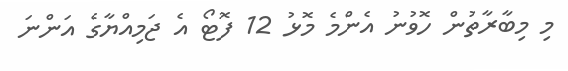
މި މިބާރާތުން ހޮވުނު އެންމެ މޮޅު 12 ފޮޓޯ އެ ޖަމިއްޔާގެ އަންނަ